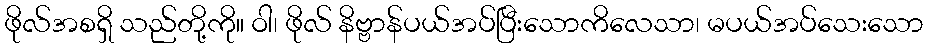
ဖိုလ်အစရှိ သည်တို့ကို။ ဝါ၊ ဖိုလ် နိဗ္ဗာန်ပယ်အပ်ပြီးသောကိလေသာ၊ မပယ်အပ်သေးသော